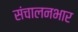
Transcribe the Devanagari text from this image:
संचालनभार